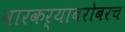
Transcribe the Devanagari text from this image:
वारकऱ्याबरोबरच